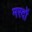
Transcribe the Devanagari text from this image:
मरदों